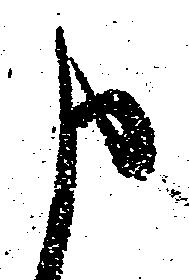
申